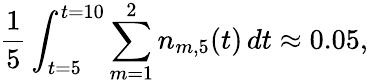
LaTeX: \frac{1}{5}\int_{t=5}^{t=10}\sum_{m=1}^{2}n_{m,5}(t)\, dt\approx 0.05,